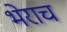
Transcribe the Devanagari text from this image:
भेराच